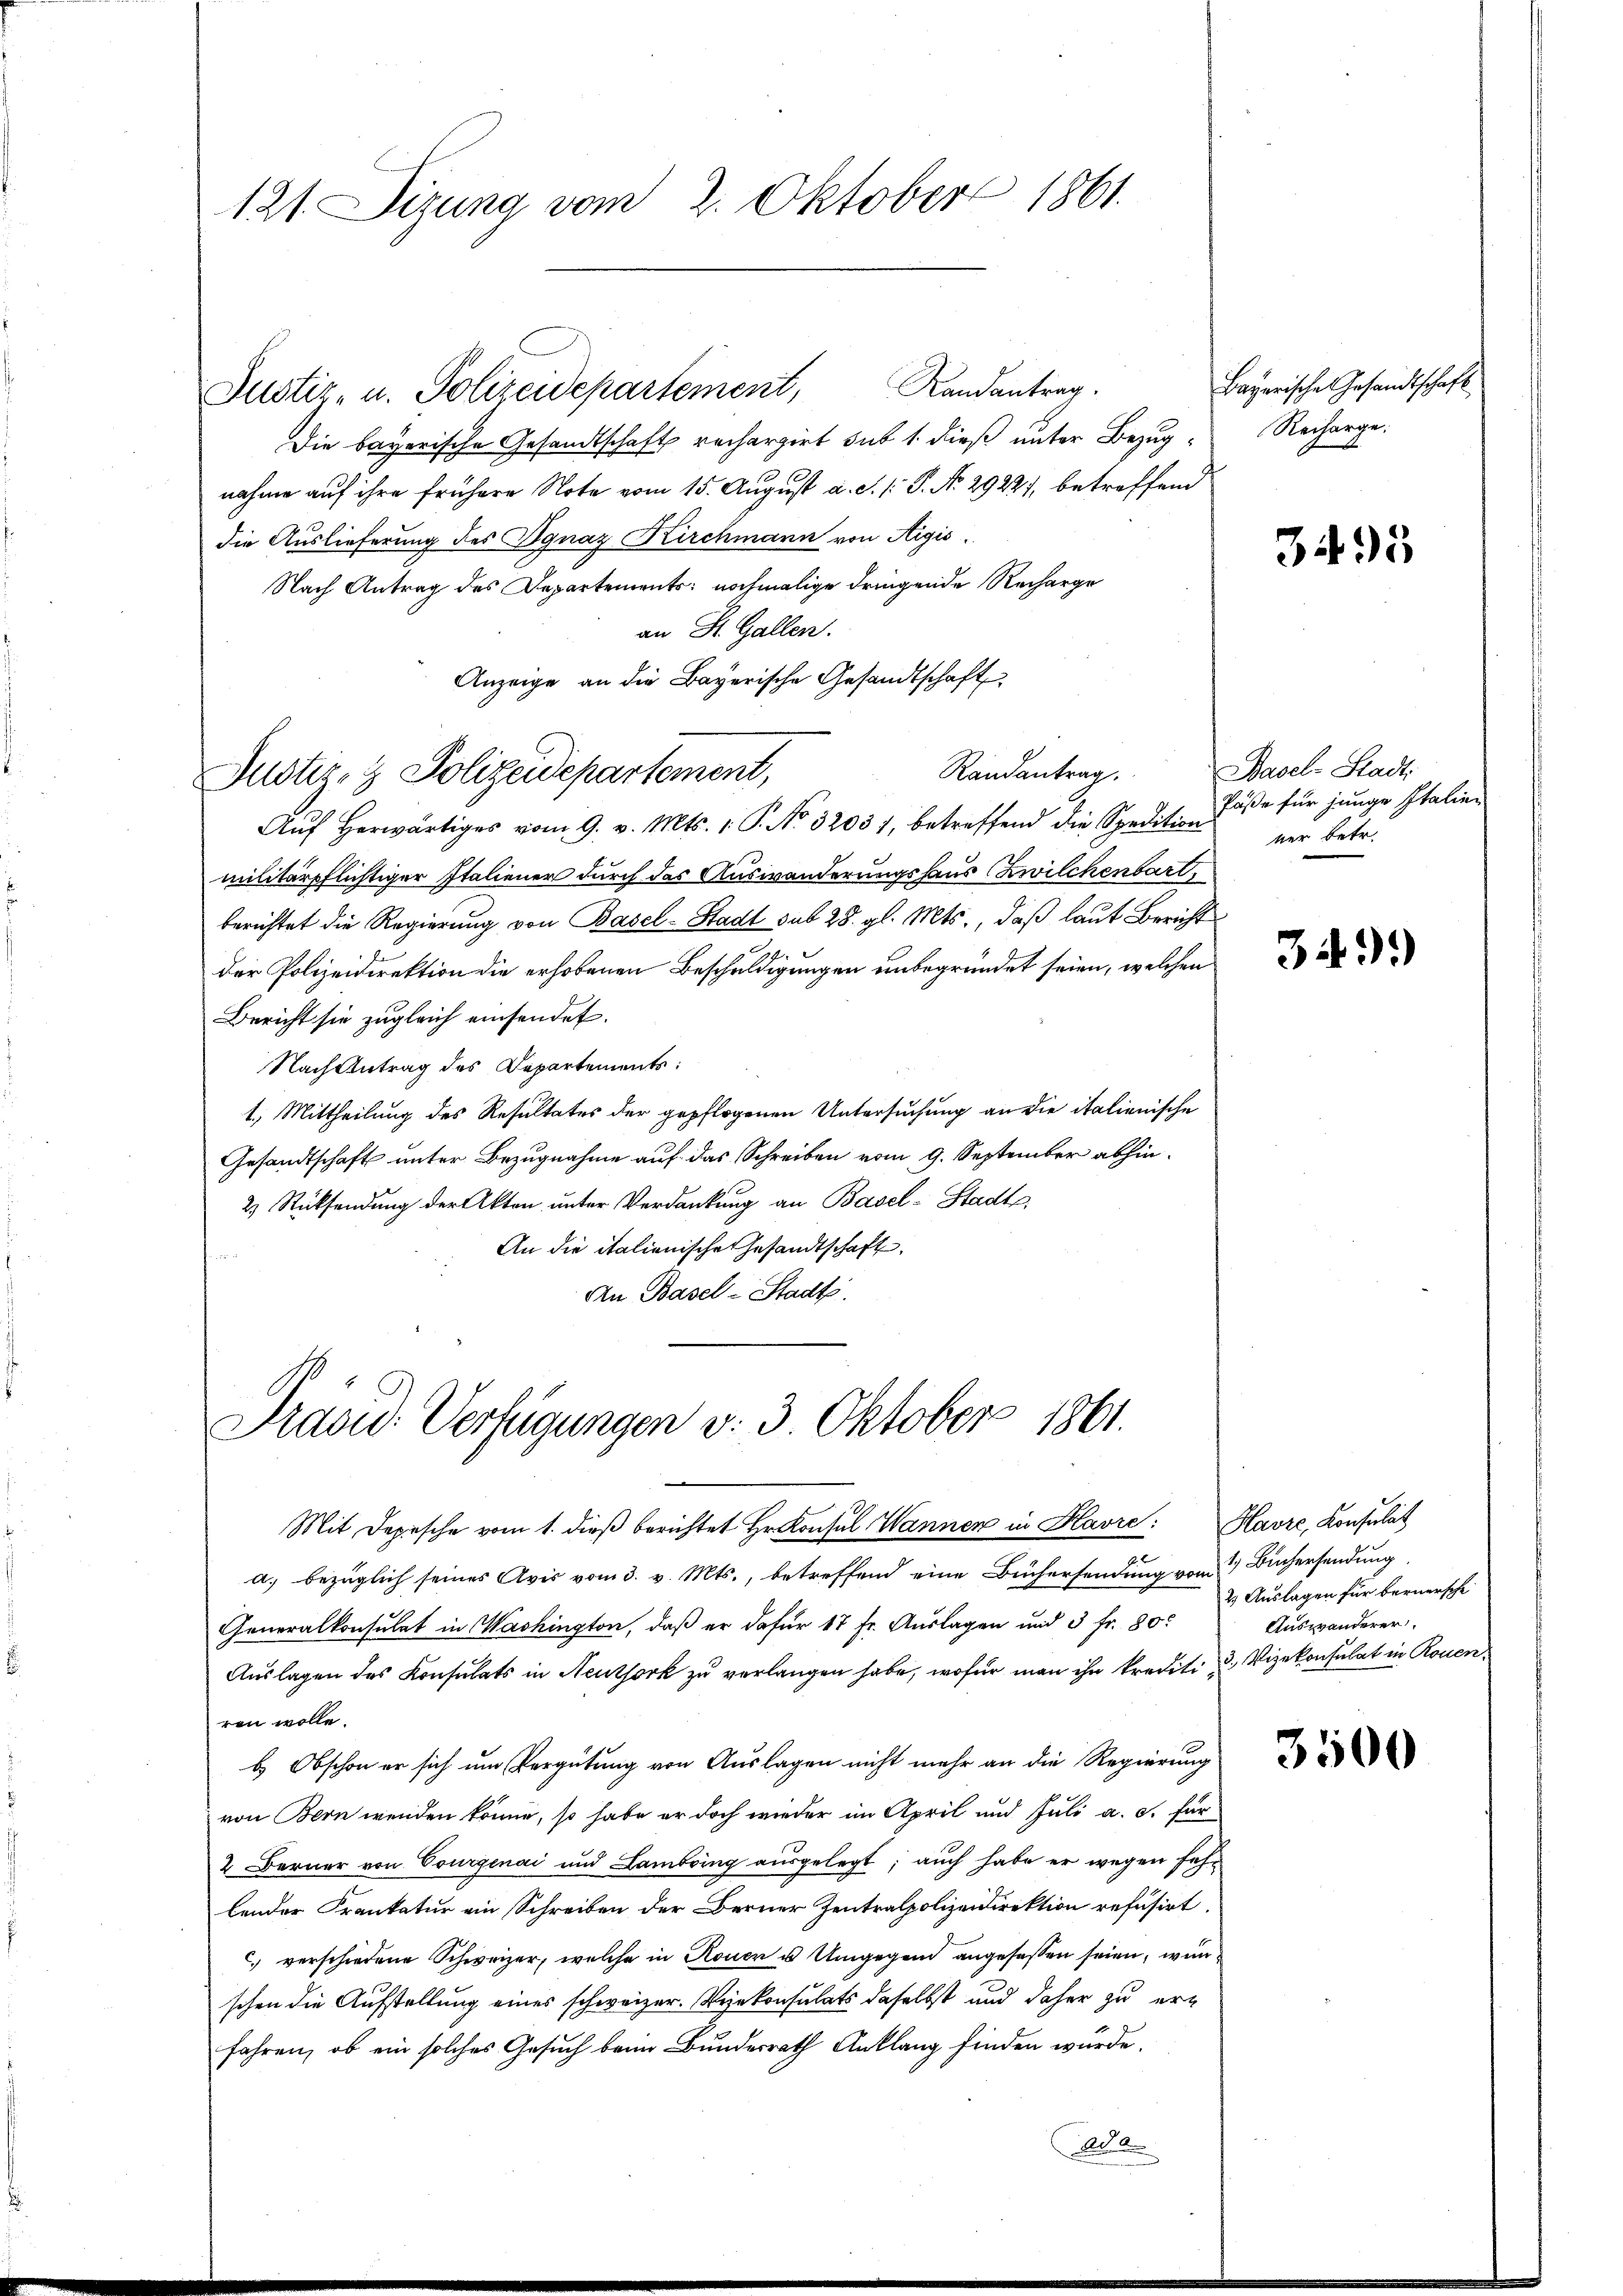
121. Sizung vom 2. Oktober 1861.

Justiz- u. Polizeidepartement, Landantrag.
Die bayerische Gesandtschaft rechargirt sub 1. dieß unter Bezugnahme auf ihre frühere Note vom 15. August a. c. /: P. No 2922), betreffend
die Auslieferung des Ignaz Kirchmann von Aigis
Nach Antrag des Departements nochmalige dringende Recharge
an St. Gallen.
Anzeige an die Bayerische Gesandtschaft
Randantrag.
Aŭf herwärtiges vom 9. v. Mts. 1. P. No. 32037, betreffend die Spedition der betr.
militärpflichtiger Italiener durch das Auswanderungshaus Zwilchenbart,
berichtet die Regierung von Basel-Stadt sub 28. gl. Mts., daß laut Bericht
der Polizeidirektion die erhobenen Beschuldigungen unbegründet seien, welchen
Bericht sie zugleich einsendet.
Nach Antrag des Departements:
1.) Mittheilung des Resultates der gepflogenen Untersuchung an die italienische
Gesandtschaft unter Bezugnahme auf das Schreiben vom 9. September abhin¬
2 Rücksendung der Akten unter Verdankung an Basel-Stadts.
An die italienischen Gesandtschaft
An Basel-Stadts.

Justiz- & Polizeidepartement,

Präsid. Verfügungen v. 3. Oktober 1861.

Mit Depesche vom 1. dieß berichtet Hr. Konsul Wannen in Havre: Havre, Konsulat
a. bezüglich seines Avis vom 3. v. Mts., betreffend eine Büchersendung vom 2 Büchersendung
Generalkonsulat in Washington, daß er dafür 17 fr. Auslagen und 3 fr. 80.
Aŭslagen des Konsulats in Neuthork zŭ verlangen habe, wofür man ihn krediti u Vizekonsulat in Rouen
ren wolle.
b. Obschon er sich um Vergütung von Auslagen nicht mehr an die Regierung
von Bern wenden könne, so habe er doch wieder im April und Juli a. c. für
2 Berner von Vorgenai und Lambring ausgelegt; auch habe er wegen fehlender Frankatur ein Schreiben der Berner Zentralpolizeidirektion refusirt.
) verschiedene Schweizer, welche in Rouen u Umgegend angesessen seien, wen
schen die Aufstellung eines schweizer. Vizekonsulats daselbst und daher zu erfahren, ob ein solches Gesuch beim Bundesrath Anklang finden wurde.
A 2

Bayerische Gesandtschaft
Recharge.

3495

Basel-Stadt.
Päße für junge Italien

349)

2 Auslagen für bernersche
Auswanderer

3500